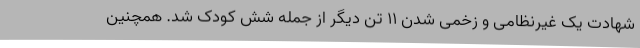
شهادت یک غیرنظامی و زخمی شدن 11 تن دیگر از جمله شش کودک شد. همچنین